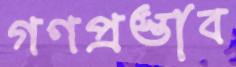
গণপ্রস্তাব